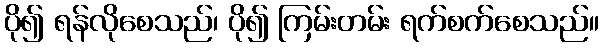
ပို၍ ရန်လိုစေသည်၊ ပို၍ ကြမ်းတမ်း ရက်စက်စေသည်။